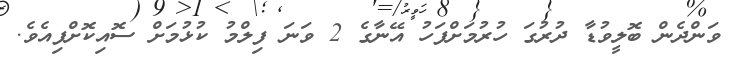
ވަންދެން ބޮލީވުޑާ ދުރުގަ ހުރުމަށްފަހު އޭނާގެ 2 ވަނަ ފިލްމު ކުޅުމަށް ސޮއިކޮށްފިއެވެ.